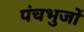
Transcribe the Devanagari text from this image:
पंचभुजों